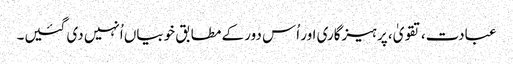
عبادت، تقویٰ، پرہیزگاری اور اُس دور کے مطابق خوبیاں اُنہیں دی گئیں۔